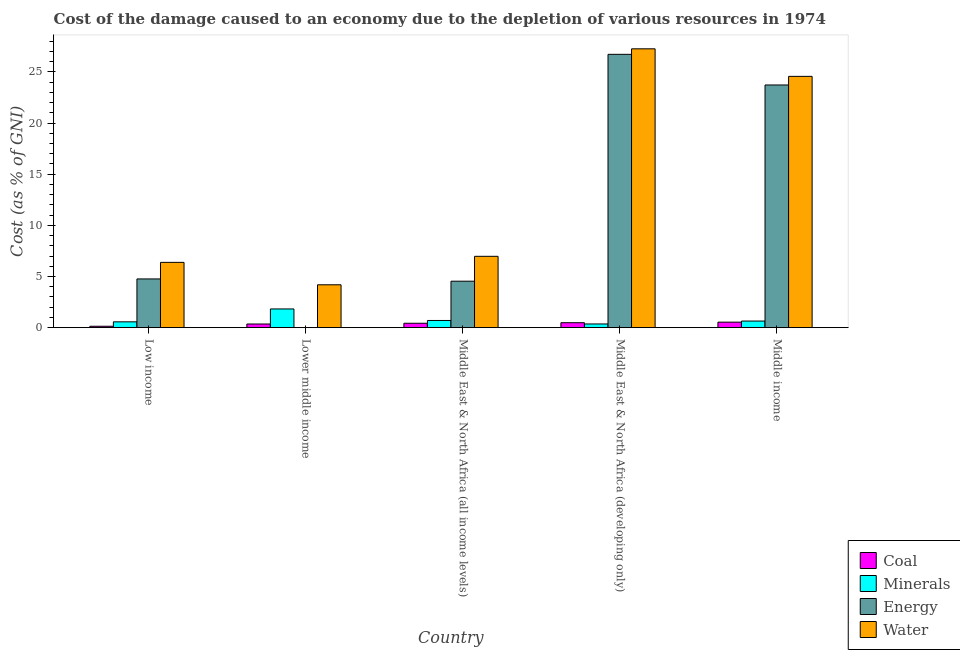
| Country | Coal | Minerals | Energy | Water |
 | --- | --- | --- | --- | --- |
 | Low income | 0.137 | 0.57 | 4.76 | 6.38 |
 | Lower middle income | 0.358 | 1.83 | 0.00582 | 4.19 |
 | Middle East & North Africa (all income levels) | 0.431 | 0.703 | 4.54 | 6.97 |
 | Middle East & North Africa (developing only) | 0.485 | 0.362 | 26.7 | 27.3 |
 | Middle income | 0.54 | 0.646 | 23.7 | 24.6 |